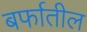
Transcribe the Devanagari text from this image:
बर्फातील